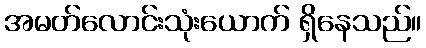
အမတ်လောင်းသုံးယောက် ရှိနေသည်။